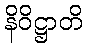
နိဝိဋ္ဌာတိ